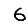
Digit: 6